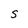
Character: S